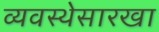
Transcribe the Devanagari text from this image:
व्यवस्थेसारखा